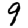
Digit: 9